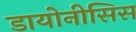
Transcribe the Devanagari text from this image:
डायोनीसिस